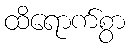
ထိရောက်စွာ